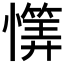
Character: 𱟕